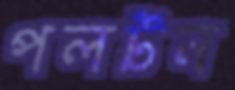
পলটন